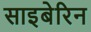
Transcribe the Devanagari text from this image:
साइबेरिन